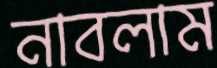
নাবলাম